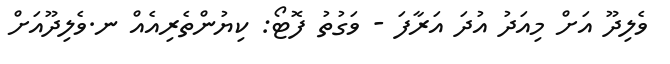
ވެލިދޫ އަށް މިއަދު އުދަ އަރާފަ - ވަގުތު ފޮޓޯ: ކިޔުންތެރިއެއް ނ.ވެލިދޫއަށް